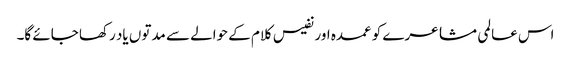
اس عالمی مشاعرے کو عمدہ اور نفیس کلام کے حوالے سے مدتوں یاد رکھا جائے گا۔